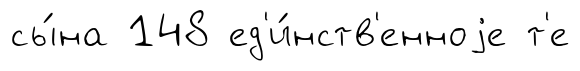
сы́на 148 ед'и́нств'енноjе т'е